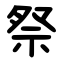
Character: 祭